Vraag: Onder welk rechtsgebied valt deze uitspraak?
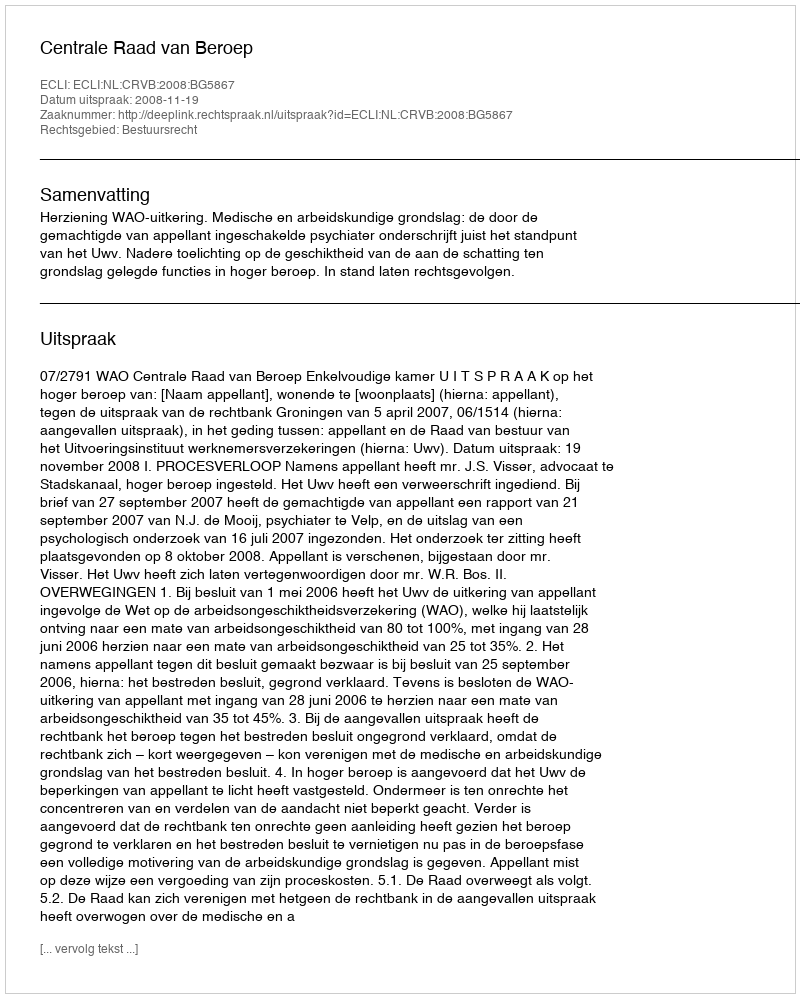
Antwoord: Bestuursrecht